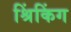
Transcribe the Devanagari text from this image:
श्रिंकिंग